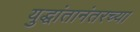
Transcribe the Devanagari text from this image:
युद्धांतानंतरच्या